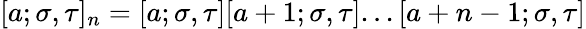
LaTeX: [a;\sigma,\tau]_{n}=[a;\sigma,\tau][a+1;\sigma,\tau]...[a+n-1;\sigma,\tau]